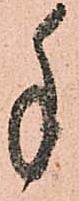
手